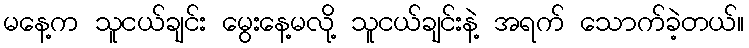
မနေ့က သူငယ်ချင်း မွေးနေ့မလို့ သူငယ်ချင်းနဲ့ အရက် သောက်ခဲ့တယ်။